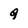
Character: g